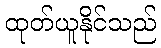
ထုတ်ယူနိုင်သည်